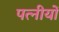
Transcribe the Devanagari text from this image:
पत्नीयों